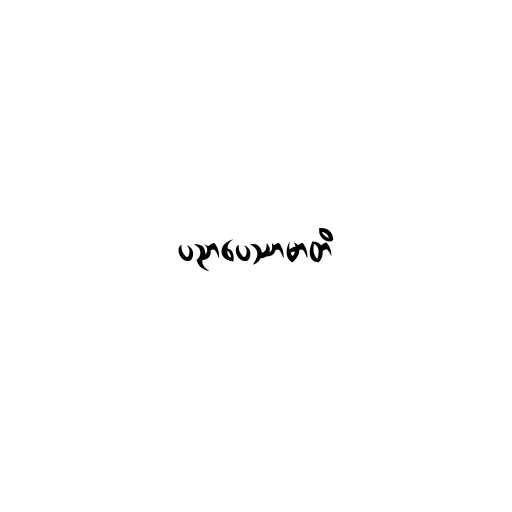
ပညာပေဿာမာတိ